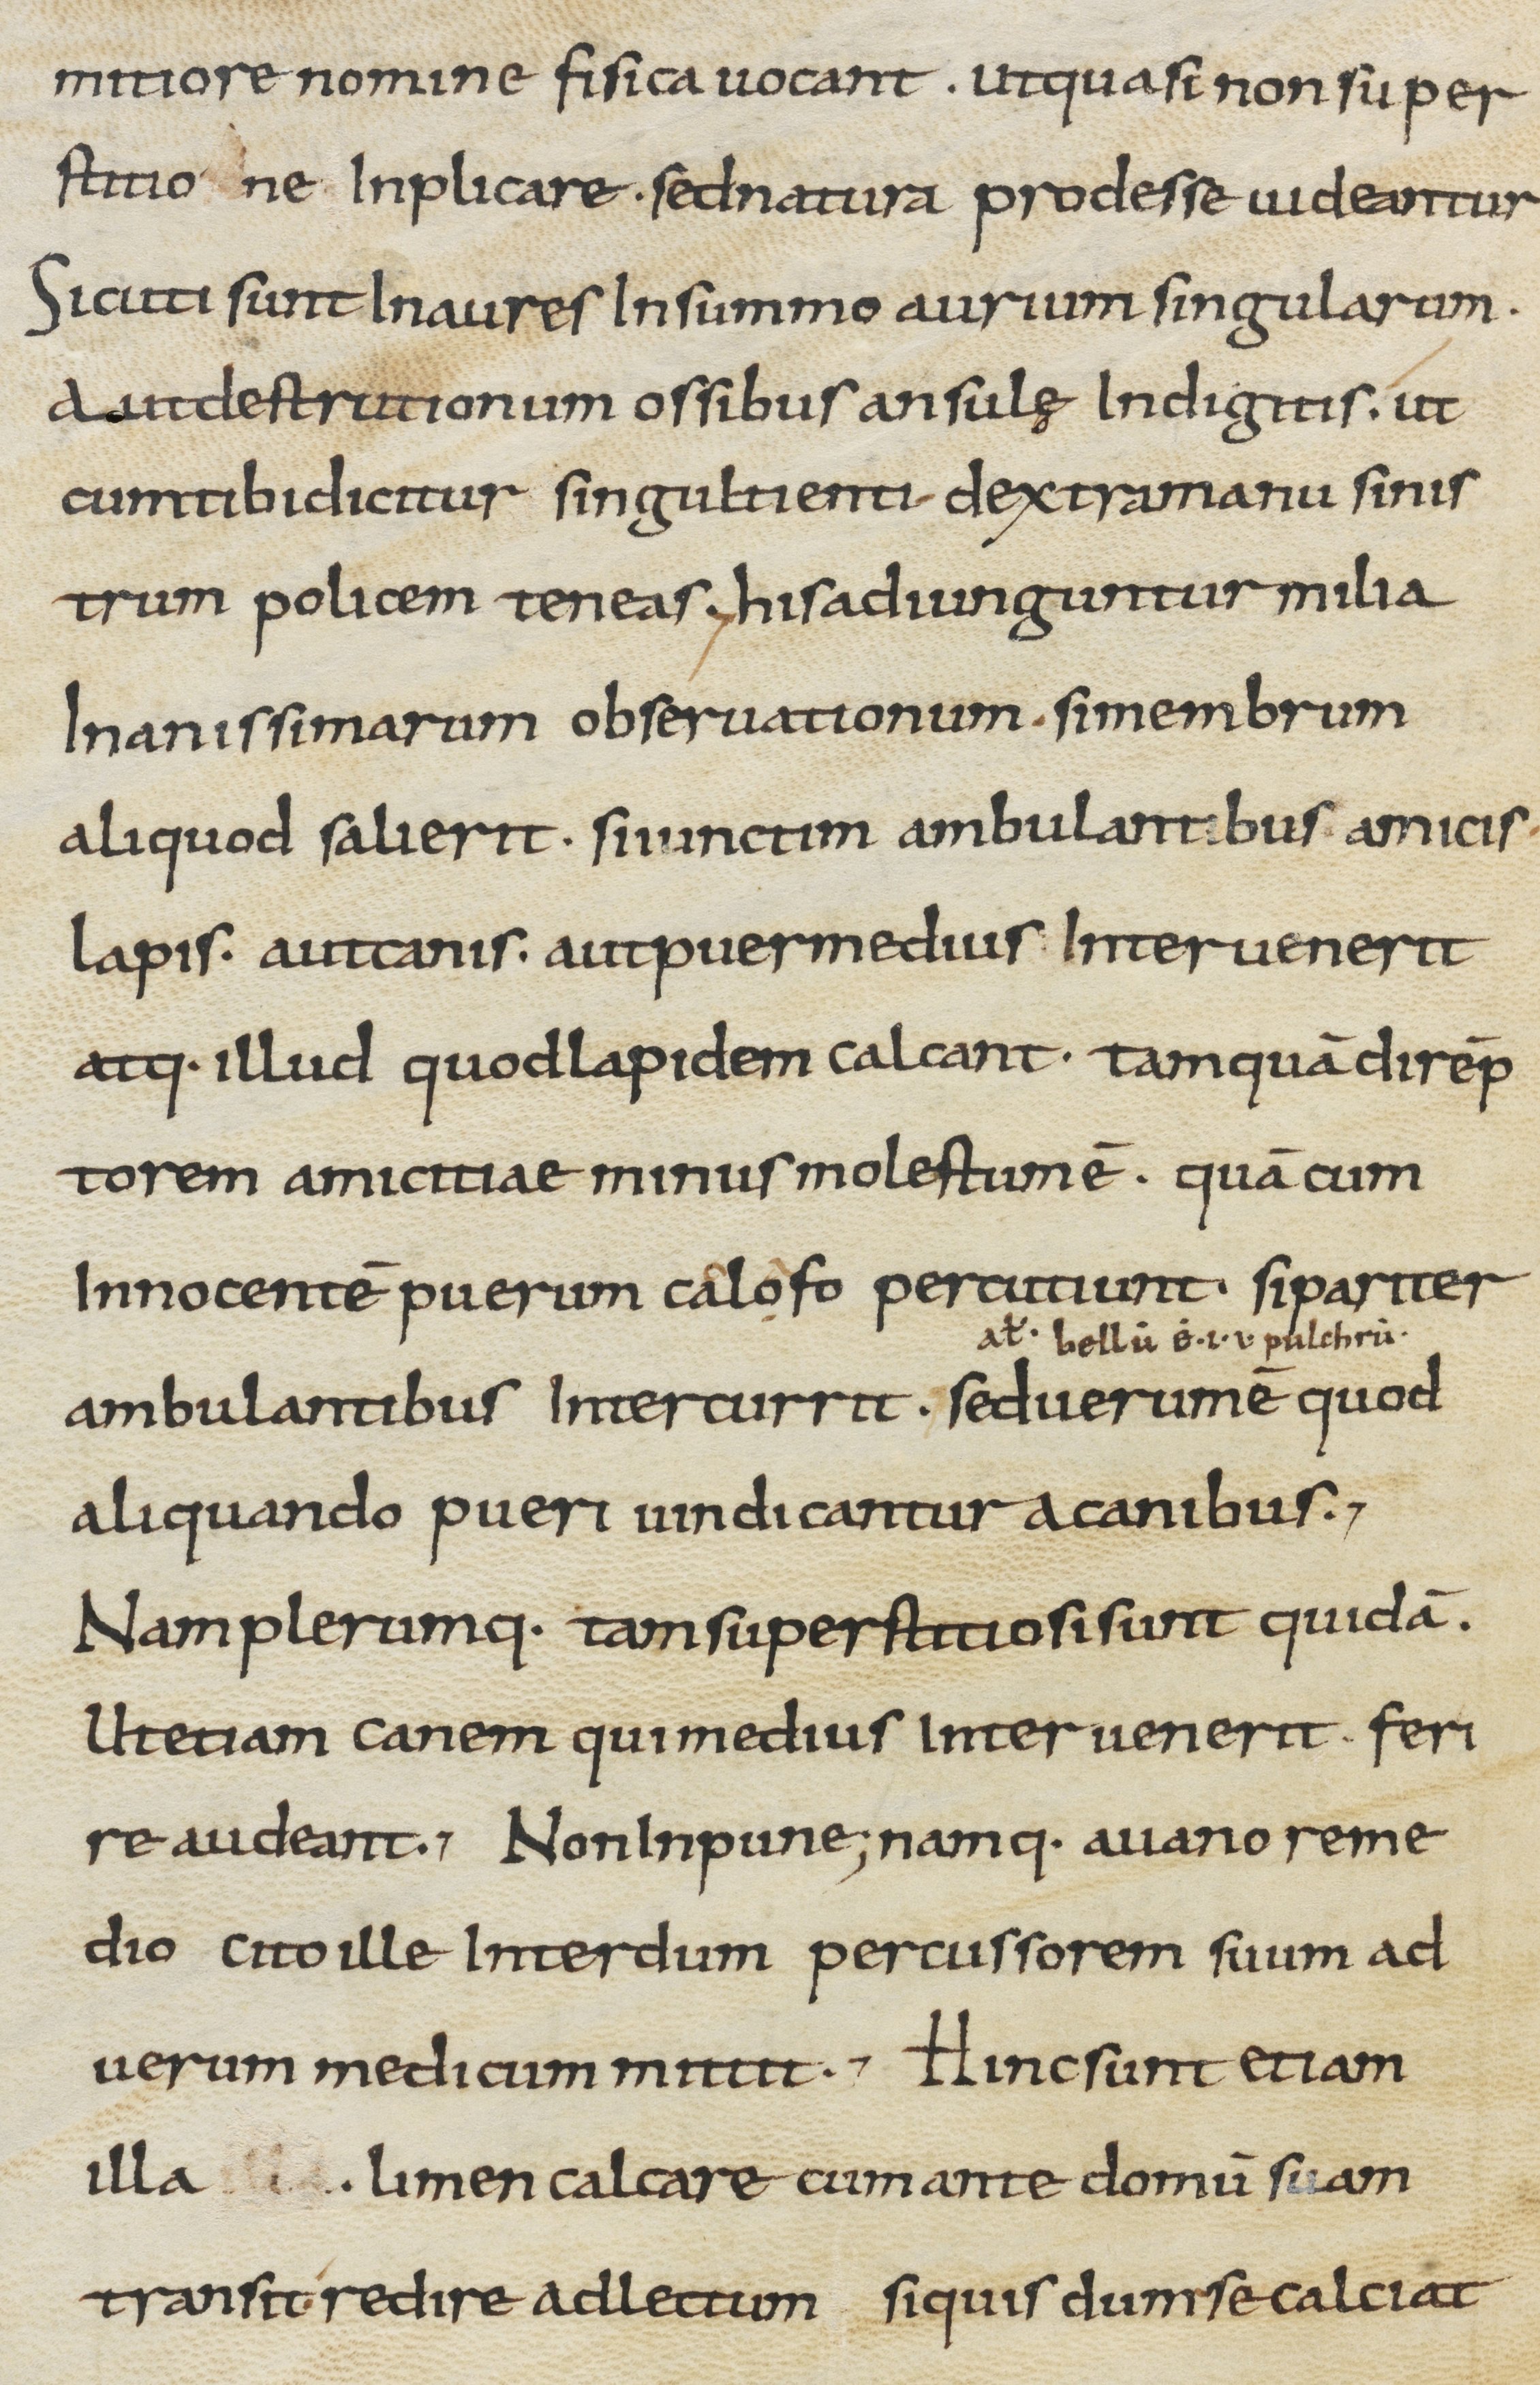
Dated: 800–899